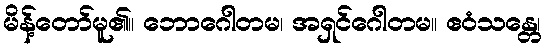
မိန့်တော်မူ၏။ ဘောဂေါတမ၊ အရှင်ဂေါတမ။ ဧဝံသန္တေ၊